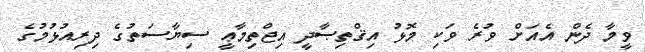
ވީމާ ދެން އެއަށް ވުރެ ވަކި މޮޅު އިޤްތިޞާދީ އިޖްތިމާޢީ ސިޔާސަތުގެ ދިރިއުޅުމުގެ